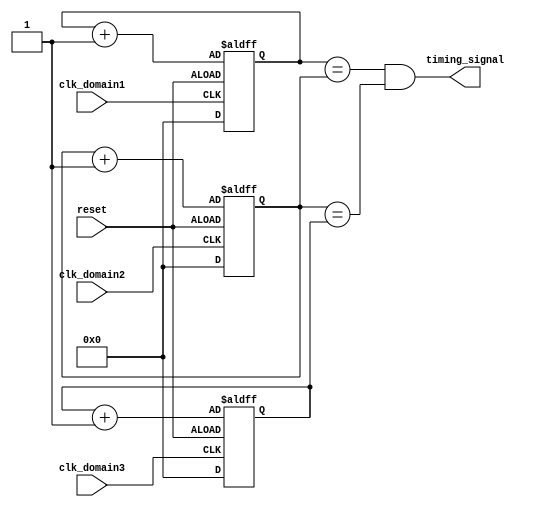
module Multirate_Timer (
  input wire clk_domain1,
  input wire clk_domain2,
  input wire clk_domain3,
  input wire reset,
  output wire timing_signal
);

reg [15:0] timer1;
reg [15:0] timer2;
reg [15:0] timer3;

always @(posedge clk_domain1 or negedge reset) begin
  if (reset) begin
    timer1 <= 16'h0000;
  end else begin
    timer1 <= timer1 + 1;
  end
end

always @(posedge clk_domain2 or negedge reset) begin
  if (reset) begin
    timer2 <= 16'h0000;
  end else begin
    timer2 <= timer2 + 1;
  end
end

always @(posedge clk_domain3 or negedge reset) begin
  if (reset) begin
    timer3 <= 16'h0000;
  end else begin
    timer3 <= timer3 + 1;
  end
end

assign timing_signal = (timer1 == timer2) && (timer2 == timer3);

endmodule